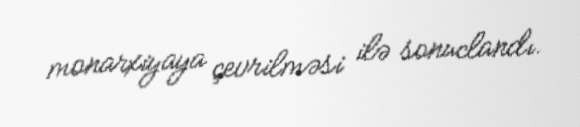
monarxiyaya çevrilməsi ilə sonuclandı.